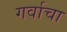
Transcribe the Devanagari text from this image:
गर्वाचा